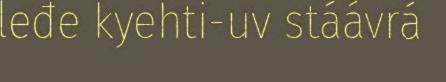
leđe kyehti-uv stáávrá